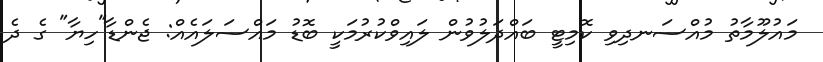
މައުލޫމާތު މުއްސަނދިވި ކޮމިޓީ ބައްދަލުވުން ލައިވްކުރުމަކީ ބޮޑު މައްސަލައެއް: ޖެންޑާ"ހިޔާ" ގެ ދެ